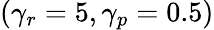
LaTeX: (\gamma_{r}=5,\gamma_{p}=0.5)